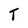
Character: T